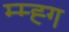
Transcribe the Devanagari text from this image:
म्म्ह्ग